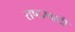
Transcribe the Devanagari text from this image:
राष्टरवादी